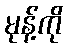
မုန့်ကို